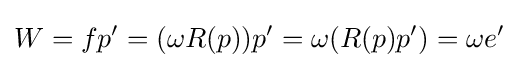
W=fp'=(\omega R(p))p'=\omega (R(p)p')=\omega e'